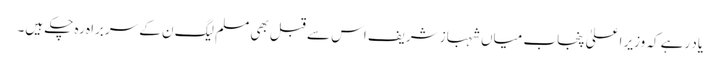
یاد رہے کہ وزیرِ اعلیٰ پنجاب میاں شہباز شریف اس سے قبل بھی مسلم لیگ ن کے سربراہ رہ چکے ہیں۔